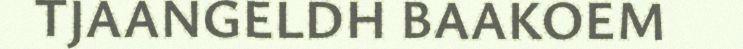
TJAANGELDH BAAKOEM